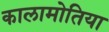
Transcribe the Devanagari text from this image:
कालामोतिया